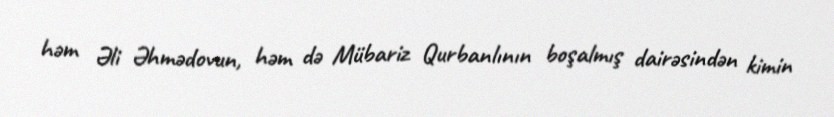
həm Əli Əhmədovun, həm də Mübariz Qurbanlının boşalmış dairəsindən kimin